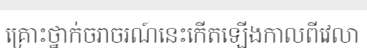
គ្រោះថ្នាក់ចរាចរណ៍នេះកើតឡើងកាលពីវេលា